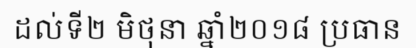
ដល់ទី២ មិថុនា ឆ្នាំ២០១៨ ប្រធាន